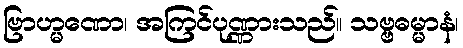
ဗြာဟ္မဏော၊ အကြင်ပုဏ္ဏားသည်။ သဗ္ဗဓမ္မာနံ၊